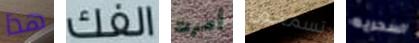
هذا الفك أمرت تسمحون السحريه